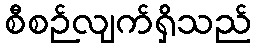
စီစဉ်လျက်ရှိသည်